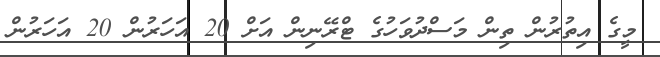
މީގެ އިތުރުން ތިން މަސްދުވަހުގެ ޓްރޭނިން އަށް 20 އަހަރުން 20 އަހަރުން